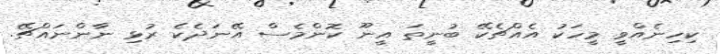
ކިހިނެއްވީ މީހަކު އެއްޗެކޭ ބުނީތަ އީނޫ ކޮންމެސް އޭނަދެކެ ރުޅި ނާންނައްޗޭ.